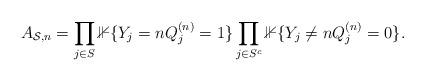
LaTeX: \begin{align*}A_{\mathcal{S},n} &= \prod_{j\in S}\mathbb{1}\{Y_j=n Q_j^{(n)} = 1\}\prod_{j\in S^c}\mathbb{1}\{Y_j\neq n Q_j^{(n)} = 0\}.\end{align*}